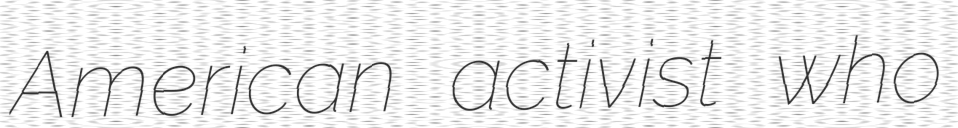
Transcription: American activist who